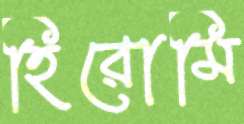
হিরোমি